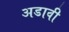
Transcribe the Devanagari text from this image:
अडावी